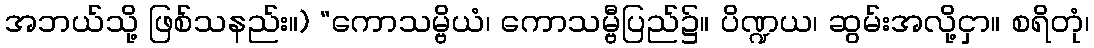
အဘယ်သို့ ဖြစ်သနည်း။) “ကောသမ္ဗိယံ၊ ကောသမ္ဗီပြည်၌။ ပိဏ္ဍယ၊ ဆွမ်းအလို့ငှာ။ စရိတုံ၊